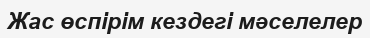
Жас өспірім кездегі мәселелер